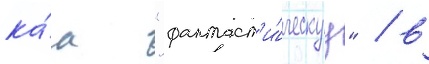
ка́к "фантаст'и́ческуу" / в